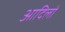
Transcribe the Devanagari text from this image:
आदिलों